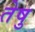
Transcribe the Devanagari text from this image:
तेषु